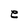
Character: e